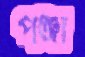
পঞ্জা